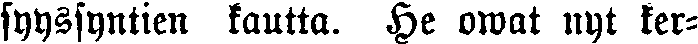
syyssyntien kautta. He owat nyt ker-